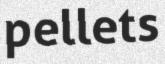
pellets